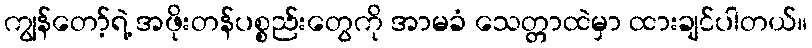
ကျွန်တော့်ရဲ့ အဖိုးတန်ပစ္စည်းတွေကို အာမခံ သေတ္တာထဲမှာ ထားချင်ပါတယ်။